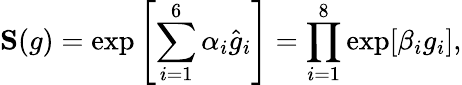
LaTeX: {\mathbf S}(g)=\exp\left[\sum_{i=1}^{6}\alpha_{i}\hat{g}_{i}\right]=\prod_{i=1}^{8}\exp[\beta_{i}g_{i}],